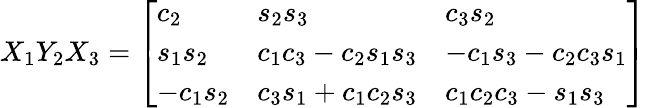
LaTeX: X_{1}Y_{2}X_{3}={\left[\begin{array}{lll}{c_{2}}&{s_{2}s_{3}}&{c_{3}s_{2}}\\ {s_{1}s_{2}}&{c_{1}c_{3}-c_{2}s_{1}s_{3}}&{-c_{1}s_{3}-c_{2}c_{3}s_{1}}\\ {-c_{1}s_{2}}&{c_{3}s_{1}+c_{1}c_{2}s_{3}}&{c_{1}c_{2}c_{3}-s_{1}s_{3}}\end{array}\right]}